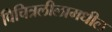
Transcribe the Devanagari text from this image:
विचित्रलीलामधील